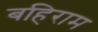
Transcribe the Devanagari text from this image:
बहिराम